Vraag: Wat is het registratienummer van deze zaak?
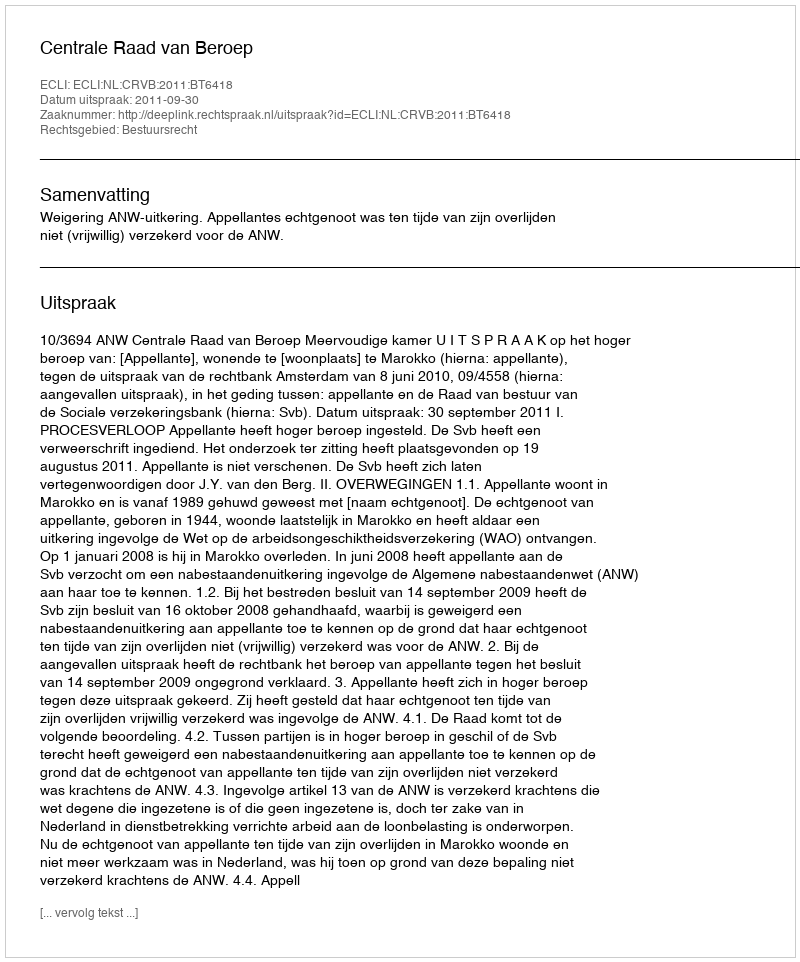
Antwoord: http://deeplink.rechtspraak.nl/uitspraak?id=ECLI:NL:CRVB:2011:BT6418